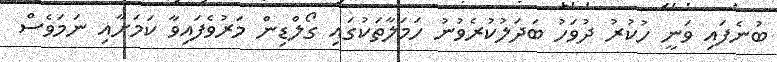
ބުނެފައި ވަނީ ހުކުރު ދުވަހު ބަދަލުކުރެވުނު ހަމަލާތަކުގައި ގޯލްޑިން މަރުވެފައިވާ ކަމަށާއި ނަމަވެސް